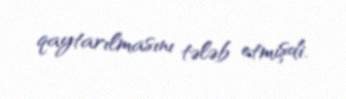
qaytarılmasını tələb etmişdi.